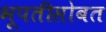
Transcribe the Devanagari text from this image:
भूपतीसोबत